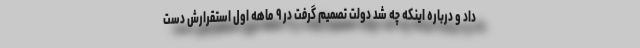
داد و درباره اینکه چه شد دولت تصمیم گرفت در ۹ ماهه اول استقرارش دست